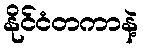
နိုင်ငံတကာနဲ့